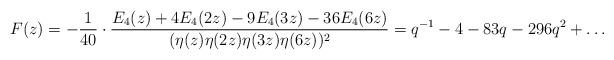
LaTeX: \begin{align*}F(z) = -\frac{1}{40}\cdot\frac{E_{4}(z) + 4E_{4}(2z) - 9E_{4}(3z) - 36E_{4}(6z)}{(\eta(z)\eta(2z)\eta(3z)\eta(6z))^{2}} = q^{-1}-4-83q-296q^{2}+ \dots\end{align*}